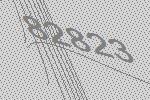
82823